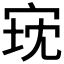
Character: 𫳈